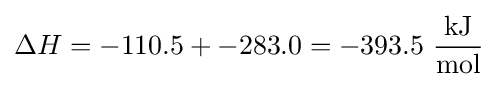
\Delta H=-110.5+-283.0=-393.5\ {\frac {\text{kJ}}{\text{mol}}}